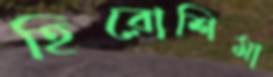
হিরোশিমা